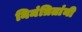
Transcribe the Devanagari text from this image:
निमंत्रितांनी